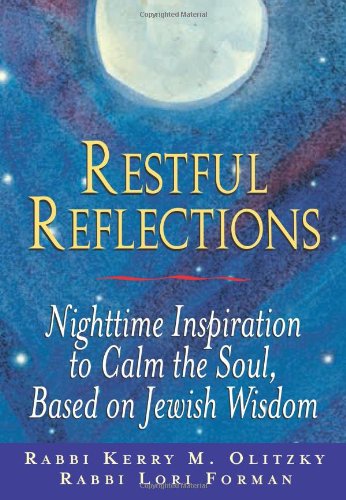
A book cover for Restful Reflections: Nighttime Inspiration to Calm the Soul, Based on Jewish Wisdom; Rabbi Lori Forman-Jacobi; Religion & Spirituality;